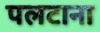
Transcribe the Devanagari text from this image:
पलटाना